Senior Leaving Certificate Examination (including Day School Certificate (Higher) General paper), 1949
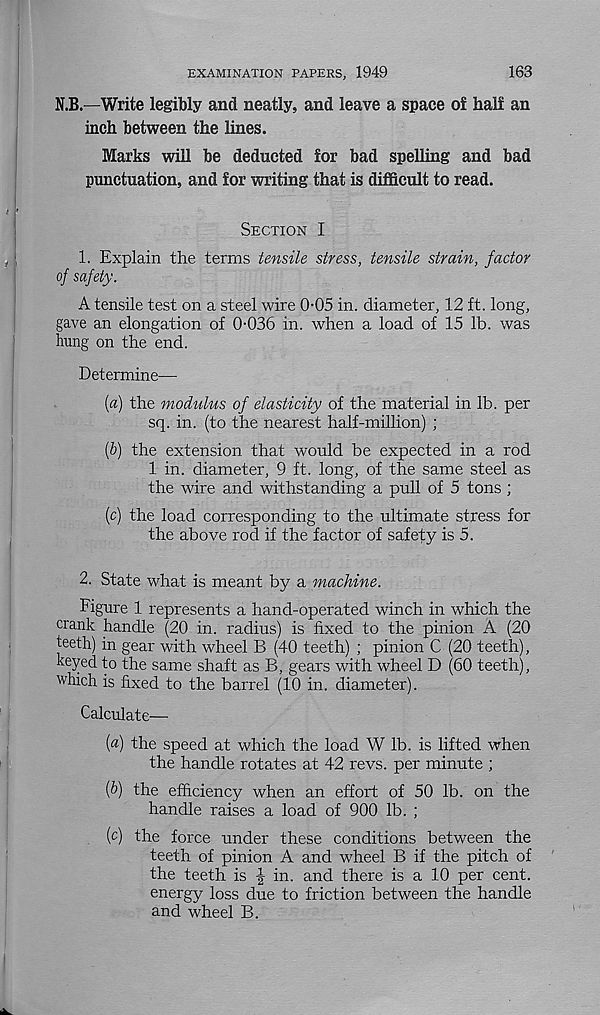
EXAMINATION PAPERS, 1949
163
N.B.—Write legibly and neatly, and leave a space of half an
inch between the lines.
Marks will be deducted for bad spelling and bad
punctuation, and for writing that is difficult to read.
Section I
1. Explain the terms tensile stress, tensile strain, factor
of safety.
A tensile test on a steel wire 0-05 in. diameter, 12 ft. long,
gave an elongation of 0-036 in. when a load of 15 lb. was
hung on the end.
Determine—
[а) the modulus of elasticity of the material in lb. per
sq. in. (to the nearest half-million) ;
(б) the extension that would be expected in a rod
1 in. diameter, 9 ft. long, of the same steel as
the wire and withstanding a pull of 5 tons;
(c) the load corresponding to the ultimate stress for
the above rod if the factor of safety is 5.
2. State what is meant by a machine.
Figure 1 represents a hand-operated winch in which the
crank handle (20 in. radius) is fixed to the pinion A (20
teeth) in gear with wheel B (40 teeth) ; pinion C (20 teeth),
keyed to the same shaft as B, gears with wheel D (60 teeth),
which is fixed to the barrel (10 in. diameter).
Calculate—
(«) the speed at which the load W lb. is lifted when
the handle rotates at 42 revs, per minute ;
f>) the efficiency when an effort of 50 lb. on the
handle raises a load of 900 lb. ;
(c) the force under these conditions between the
teeth of pinion A and wheel B if the pitch of
the teeth is | in. and there is a 10 per cent,
energy loss due to friction between the handle
and wheel B.